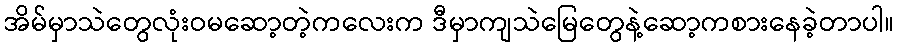
အိမ်မှာသဲတွေလုံးဝမဆော့တဲ့ကလေးက ဒီမှာကျသဲမြေတွေနဲ့ဆော့ကစားနေခဲ့တာပါ။